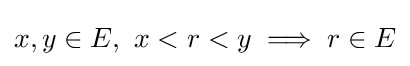
x,y\in E,\ x<r<y\implies r\in E